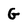
Character: G